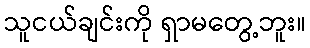
သူငယ်ချင်းကို ရှာမတွေ့ဘူး။